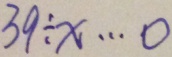
3 9 \div x \cdots 0